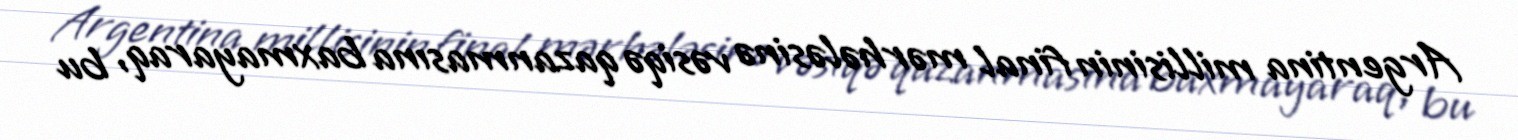
Argentina millisinin final mərhələsinə vəsiqə qazanmasına baxmayaraq, bu